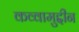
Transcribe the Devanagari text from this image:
कव्वामुद्दीन